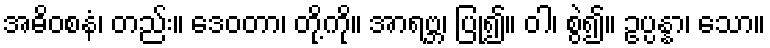
အဓိဝစနံ၊ တည်း။ ဒေဝတာ၊ တို့ကို။ အာရဗ္ဘ၊ ပြု၍။ ဝါ၊ စွဲ၍။ ဥပ္ပန္နာ၊ သော။